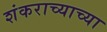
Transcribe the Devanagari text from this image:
शंकराच्याच्या